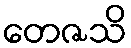
တေဇသိ